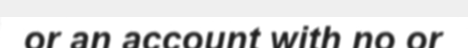
or an account with no or